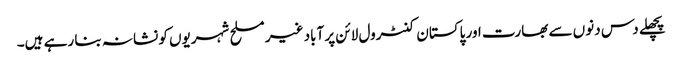
پچھلے دس دنوں سے بھارت اور پاکستان کنٹرول لائن پر آباد غیر مسلح شہریوں کو نشانہ بنا رہے ہیں۔